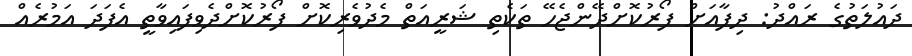
ދައުލަތުގެ ރައްދު: ދިފާއަށް ފޯރުކޮށްދޭންޖެހޭ ތަކެތި ޝަރީއަތް މެދުވެރިކޮށް ފޯރުކޮށްދެވިފައިވާތީ އެފަދަ އަމުރެއް